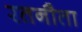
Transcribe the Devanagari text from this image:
रतनौता